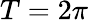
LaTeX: T=2\pi